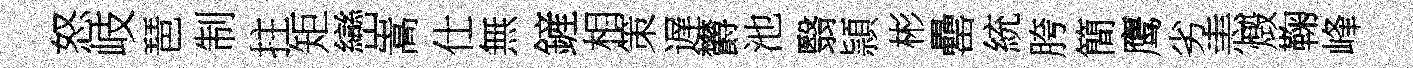
怒岐琶制拄矩巒嵩仕無鏟相策遅欝池翳頴彬罍統胯簡鹰劣恚燬鞠峰